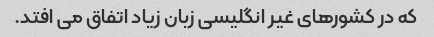
که در کشورهای غیر انگلیسی زبان زیاد اتفاق می افتد.